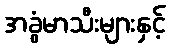
အခွံမာသီးများနှင့်